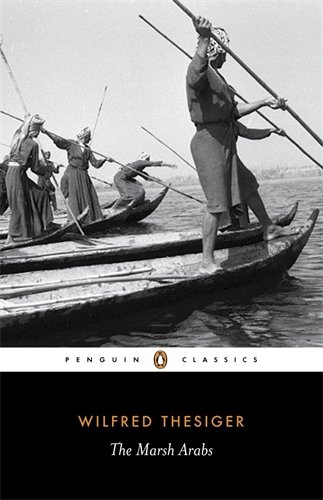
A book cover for The Marsh Arabs (Penguin Classics); Wilfred Thesiger; Biographies & Memoirs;